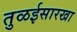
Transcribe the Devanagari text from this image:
तुळईसारखा